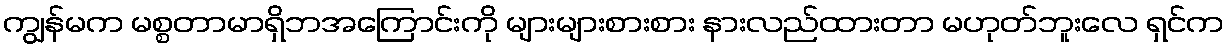
ကျွန်မက မစ္စတာမာရှိဘအကြောင်းကို များများစားစား နားလည်ထားတာ မဟုတ်ဘူးလေ ရှင်က